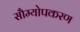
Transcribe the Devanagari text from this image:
सौम्योपकरण